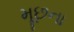
મૂછના